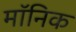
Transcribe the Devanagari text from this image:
मॉनिक